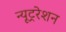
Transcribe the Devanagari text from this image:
न्यूट्ररेशन